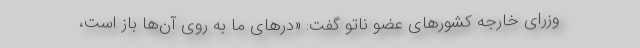
وزرای خارجه کشورهای عضو ناتو گفت: «درهای ما به روی آن‌ها باز است،